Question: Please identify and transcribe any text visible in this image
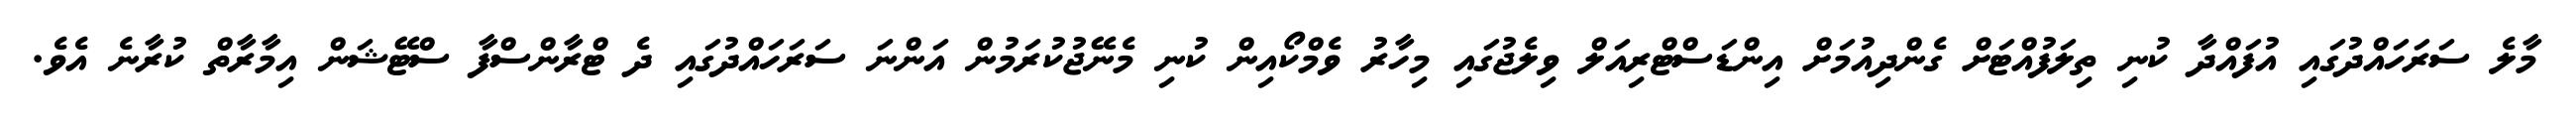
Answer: މާލެ ސަރަހައްދުގައި އުފައްދާ ކުނި ތިލަފުއްޓަށް ގެންދިއުމަށް އިންޑަސްޓްރިއަލް ވިލެޖުގައި މިހާރު ވެމްކޯއިން ކުނި މެނޭޖުކުރަމުން އަންނަ ސަރަހައްދުގައި ދެ ޓްރާންސްފާ ސްޓޭޝަން އިމާރާތް ކުރާނެ އެވެ.